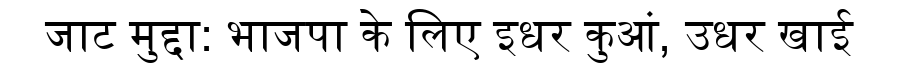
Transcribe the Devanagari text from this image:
जाट मुद्दा: भाजपा के लिए इधर कुआं, उधर खाई